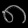
Digit: ၈